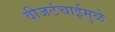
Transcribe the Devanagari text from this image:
वीजटंचाईमुळे